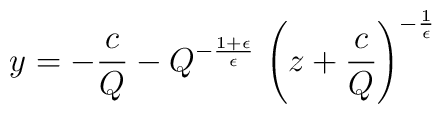
y=- \frac{c}{Q}- Q^{-\frac{1+\epsilon }{\epsilon }} \,\left( z+\frac{c}{Q}\right)  ^{-\frac{1}{\epsilon }}